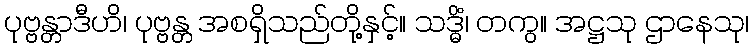
ပုဗ္ဗန္တာဒီဟိ၊ ပုဗ္ဗန္တ အစရှိသည်တို့နှင့်။ သဒ္ဓိံ၊ တကွ။ အဋ္ဌသု ဌာနေသု၊